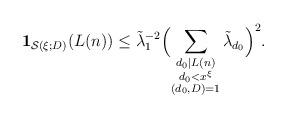
LaTeX: \begin{align*}\mathbf{1}_{\mathcal{S}(\xi;D)}(L(n))\le \tilde{\lambda}_1^{-2}\Bigl(\sum_{\substack{d_0|L(n)\\ d_0<x^\xi\\ (d_0,D)=1}}\tilde{\lambda}_{d_0}\Bigr)^2.\end{align*}